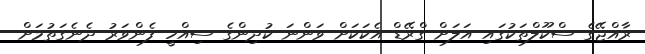
ރާއްޖޭގެ ސްކޫލްތަކުގައި އަލަށް ގްރޭޑް އެކަކަށް ވަންނަ ކުދިންގެ ސިއްހީ ފެންވަރު ދެނެގަތުމަށް